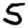
Digit: 5